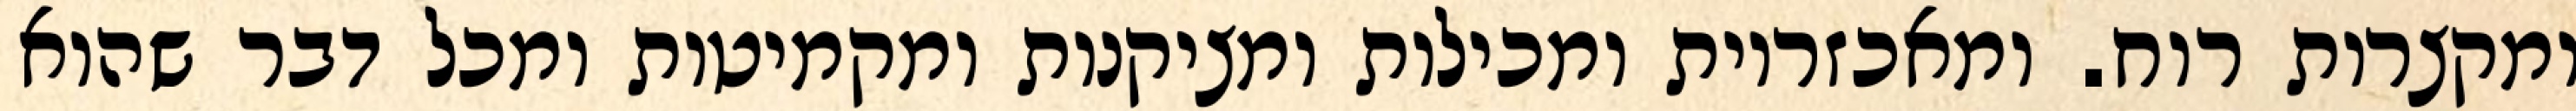
ומקצרות רוח. ומאכזריות ומכילות ומציקנות ומקמיטות ומכל דבר שהוא